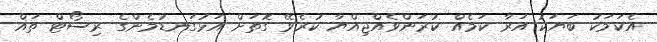
އެކަމަކު ބަޔަކު އަރާ ކަމެއް ކުރަންވެއްޖިއްޔާ ކުރެވޭ ގޮތަށް އަޅުގަނޑުމެންގެ ރިސޯޓް ތައް